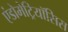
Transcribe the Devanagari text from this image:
एंडोमेट्रियॉसिस